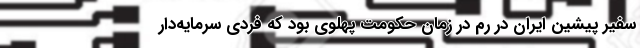
سفیر پیشین ایران در رم در زمان حکومت پهلوی بود که فردی سرمایه‌دار